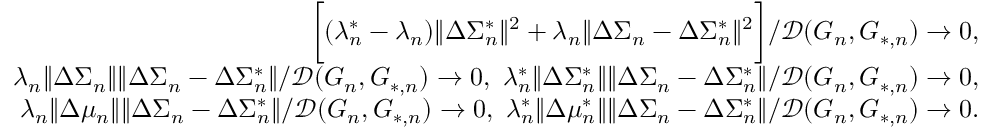
\begin{array} { r } { \biggr [ ( \lambda _ { n } ^ { * } - \lambda _ { n } ) \| \Delta \Sigma _ { n } ^ { * } \| ^ { 2 } + \lambda _ { n } \| \Delta \Sigma _ { n } - \Delta \Sigma _ { n } ^ { * } \| ^ { 2 } \biggr ] / \mathcal { D } ( G _ { n } , G _ { * , n } ) \to 0 , } \\ { \lambda _ { n } \| \Delta \Sigma _ { n } \| \| \Delta \Sigma _ { n } - \Delta \Sigma _ { n } ^ { * } \| / \mathcal { D } ( G _ { n } , G _ { * , n } ) \to 0 , \ \lambda _ { n } ^ { * } \| \Delta \Sigma _ { n } ^ { * } \| \| \Delta \Sigma _ { n } - \Delta \Sigma _ { n } ^ { * } \| / \mathcal { D } ( G _ { n } , G _ { * , n } ) \to 0 , } \\ { \lambda _ { n } \| \Delta \mu _ { n } \| \| \Delta \Sigma _ { n } - \Delta \Sigma _ { n } ^ { * } \| / \mathcal { D } ( G _ { n } , G _ { * , n } ) \to 0 , \ \lambda _ { n } ^ { * } \| \Delta \mu _ { n } ^ { * } \| \| \Delta \Sigma _ { n } - \Delta \Sigma _ { n } ^ { * } \| / \mathcal { D } ( G _ { n } , G _ { * , n } ) \to 0 . } \end{array}